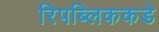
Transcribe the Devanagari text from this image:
रिपब्लिककडे